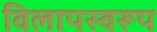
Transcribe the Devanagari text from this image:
विलापस्वरूप